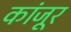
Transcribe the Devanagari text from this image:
कांजूर